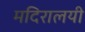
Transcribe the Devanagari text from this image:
मदिरालयी